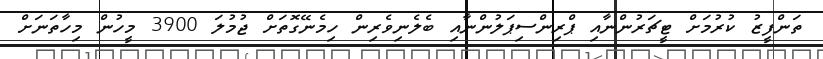
ތަންފީޒު ކުރުމަށް ޓީޗަރުންނާއި ޕްރިންސިޕަލުންނާއި ބެލެނިވެރިން ހިމެނޭގޮތަށް ޖުމުލަ 3900 މީހުން މިހާތަނަށް